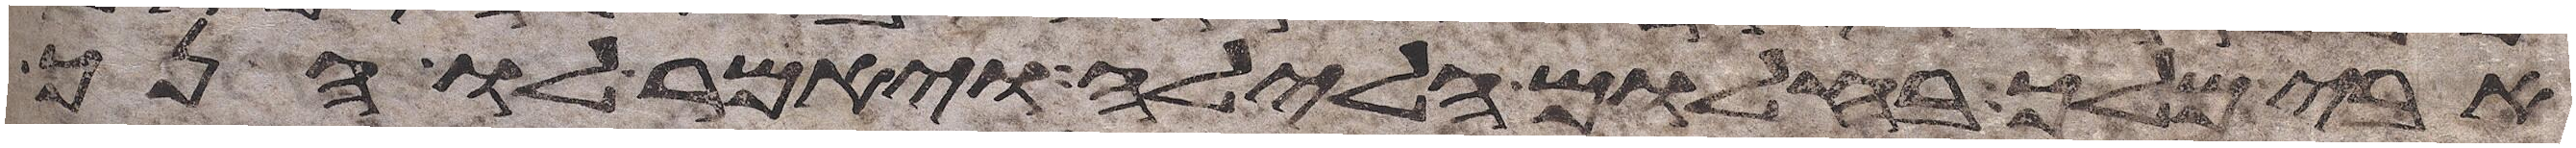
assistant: אבימלך בחלום הלילה ויאמר לו הנך